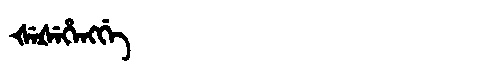
Manchu: ᡧᡝᡧᡝᡥᡝᠩᡤᡝ
Romanization: ŠEŠEHENGGE